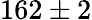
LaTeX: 162\pm 2